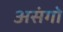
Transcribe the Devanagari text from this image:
असंगो